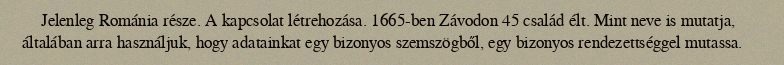
Jelenleg Románia része. A kapcsolat létrehozása. 1665-ben Závodon 45 család élt. Mint neve is mutatja, általában arra használjuk, hogy adatainkat egy bizonyos szemszögből, egy bizonyos rendezettséggel mutassa.